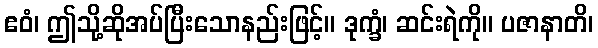
ဧဝံ၊ ဤသို့ဆိုအပ်ပြီးသောနည်းဖြင့်။ ဒုက္ခံ၊ ဆင်းရဲကို။ ပဇာနာတိ၊